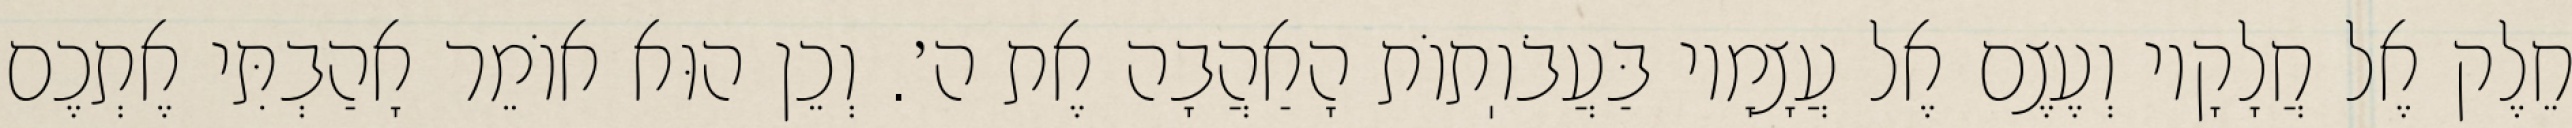
חֵלֶק אֶל חֲלָקָיו וְעֶצֶם אֶל עֲצָמָיו בַּעֲבֹוֽתוֹת הָאַהֲבָה אֶת ה׳. וְכֵן הוּא אוֹמֵר אָהַבְתִּי אֶתְכֶם